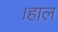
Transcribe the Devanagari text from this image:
।हाल